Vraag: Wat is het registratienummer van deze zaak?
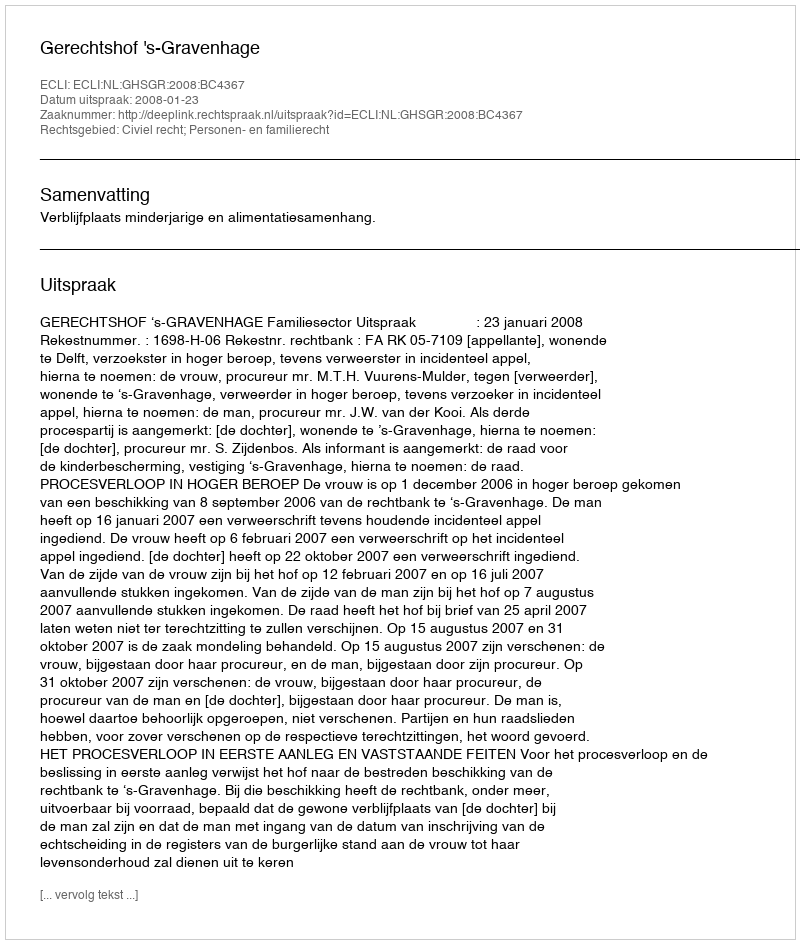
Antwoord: http://deeplink.rechtspraak.nl/uitspraak?id=ECLI:NL:GHSGR:2008:BC4367